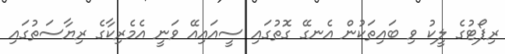
ރިޕޯޓުގެ ލީކު ވި ބައިތަކުން އެނގޭ ގޮތުގައި ސީއައިއޭ ވަނީ އެމެރިކާގެ ރިޔާސަތުގައި